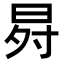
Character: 𭥸